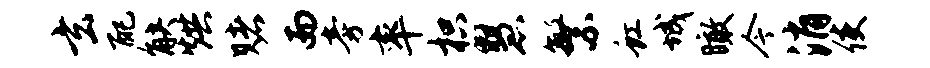
玄配觖烘赌而旁率枳慧繁虹城瞰今消使